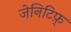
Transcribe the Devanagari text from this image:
जेनिटिफ़्